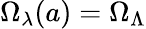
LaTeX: \Omega_{\lambda}(a)=\Omega_{\Lambda}